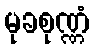
မုခစုဏ္ဏံ